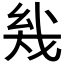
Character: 𰒨